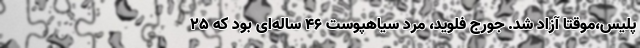
پلیس،موقتا آزاد شد. جورج فلوید، مرد سیاهپوست ۴۶ ساله‌ای بود که ۲۵